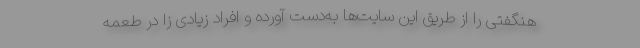
هنگفتی را از طریق این سایت‌ها به‌دست آورده و افراد زیادی زا در طعمه